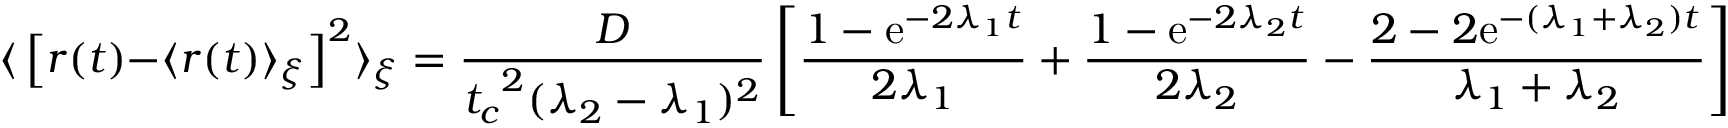
{ \langle } \left[ r ( t ) { - } \langle r ( t ) \rangle _ { \xi } \right] ^ { 2 } \rangle _ { \xi } = \frac { D } { { t _ { c } } ^ { 2 } ( \lambda _ { 2 } - \lambda _ { 1 } ) ^ { 2 } } \left[ \frac { 1 - { \mathrm { e } } ^ { - 2 { \lambda _ { 1 } } t } } { 2 { \lambda _ { 1 } } } + \frac { 1 - { \mathrm { e } } ^ { - 2 { \lambda _ { 2 } } t } } { 2 { \lambda _ { 2 } } } - \frac { 2 - 2 { \mathrm { e } } ^ { - { ( \lambda _ { 1 } + \lambda _ { 2 } ) } t } } { { \lambda _ { 1 } } + \lambda _ { 2 } } \right]